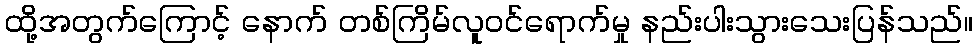
ထို့အတွက်ကြောင့် နောက် တစ်ကြိမ်လူဝင်ရောက်မှု နည်းပါးသွားသေးပြန်သည်။